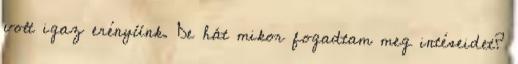
volt igaz erényünk. De hát mikor fogadtam meg intéseidet?